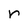
Character: r